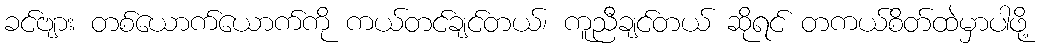
ခင်ဗျား တစ်ယောက်ယောက်ကို ကယ်တင်ချင်တယ်၊ ကူညီချင်တယ် ဆိုရင် တကယ်စိတ်ထဲမှာပါဖို့